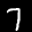
Label: 7